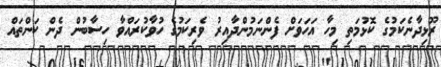
ރޫޅިދާނެކަމުގެ ކޮޅުމަތި މިހާ އަހަވަށް ފެންނަމުންދާއިރު ވެރިކަމުގެ ހުވާކުރައްވާ ހިސާބުން ދެން ކަންތައް